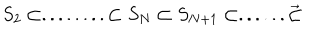
LaTeX: S _ { 2 } \subset . . . . . . . . \subset S _ { N } \subset S _ { N + 1 } \subset . . . . . . \vec { \subset }